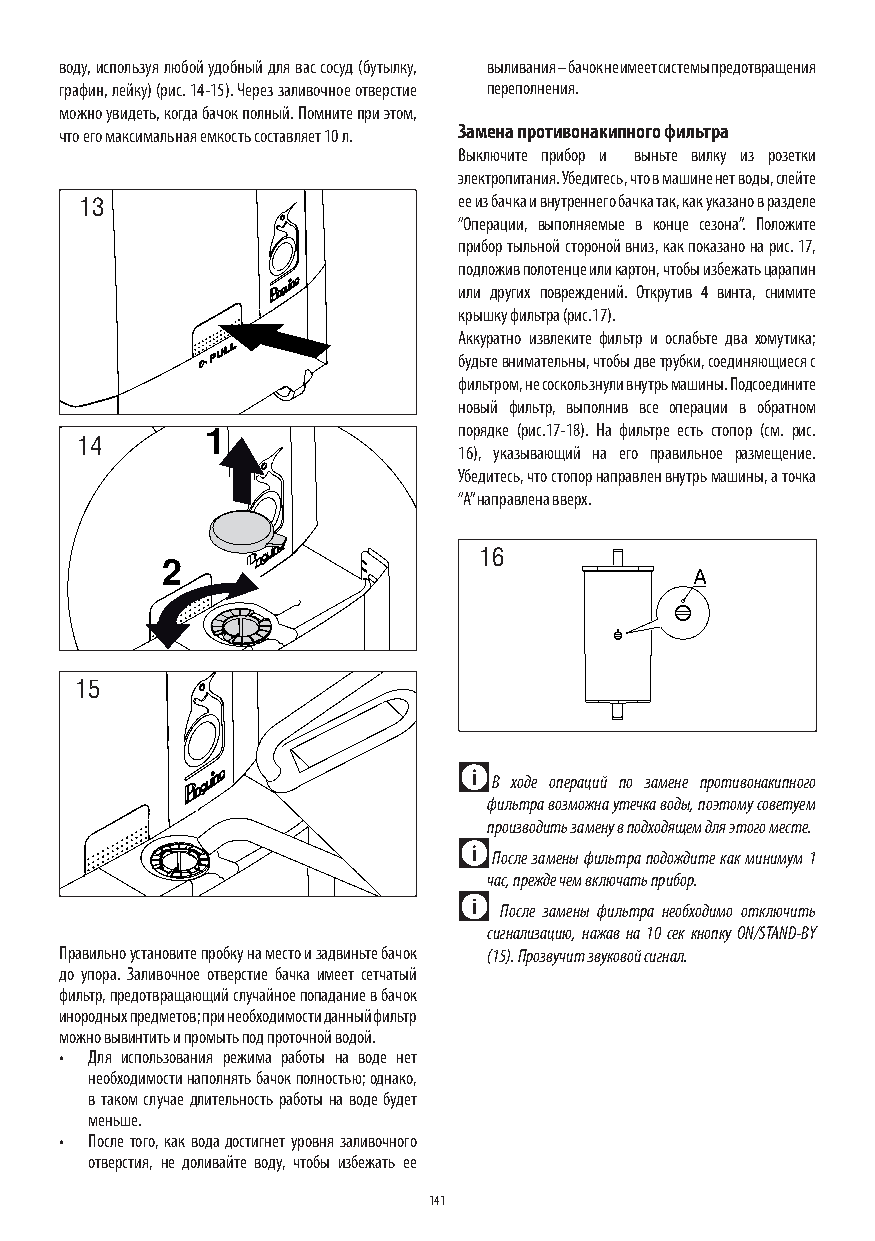
воду, используя любой удобный для вас сосуд (бутылку, выливания – бачок не имеет системы предотвращения
 графин, лейку) (рис. 14-15). Через заливочное отверстие переполнения.
 можно увидеть, когда бачок полный. Помните при этом,
 что его максимальная емкость составляет 10 л. Замена противонакипного фильтра
 Выключите прибор и выньте вилку из розетки
 электропитания. Убедитесь, что в машине нет воды, слейте
 13                       ее из бачка и внутреннего бачка так, как указано в разделе
 “Операции, выполняемые в конце сезона”. Положите
 прибор тыльной стороной вниз, как показано на рис. 17,
 подложив полотенце или картон, чтобы избежать царапин
 или других повреждений. Открутив 4 винта, снимите
 крышку фильтра (рис.17).
 Аккуратно извлеките фильтр и ослабьте два хомутика;
 будьте внимательны, чтобы две трубки, соединяющиеся с
 фильтром, не соскользнули внутрь машины. Подсоедините
 новый фильтр, выполнив все операции в обратном
 1               порядке (рис.17-18). На фильтре есть стопор (см. рис.
 14
 16), указывающий на его правильное размещение.
 Убедитесь, что стопор направлен внутрь машины, а точка
 “A” направлена вверх.
 16
 2
 15
 В ходе операций по замене противонакипного
 фильтра возможна утечка воды, поэтому советуем
 производить замену в подходящем для этого месте.
 После замены фильтра подождите как минимум 1
 час, прежде чем включать прибор.
 После замены фильтра необходимо отключить
 сигнализацию, нажав на 10 сек кнопку ON/STAND-BY
 Правильно установите пробку на место и задвиньте бачок (15). Прозвучит звуковой сигнал.
 до упора. Заливочное отверстие бачка имеет сетчатый
 фильтр, предотвращающий случайное попадание в бачок
 инородных предметов; при необходимости данный фильтр
 можно вывинтить и промыть под проточной водой.
 • Для использования режима работы на воде нет
 необходимости наполнять бачок полностью; однако,
 в таком случае длительность работы на воде будет
 меньше.
 • После того, как вода достигнет уровня заливочного
 отверстия, не доливайте воду, чтобы избежать ее
 141